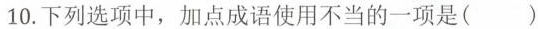
10.下列选项中，加点成语使用不当的一项是( )